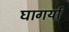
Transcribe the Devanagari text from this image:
घागर्या